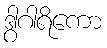
ဒွါဂါရိကော